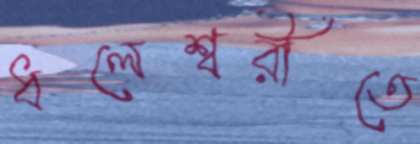
ধলেশ্বরীতে